Report of an investigation of the epidemic of malarial fever in Assam, or, kala-azar
Disease focus: Malaria
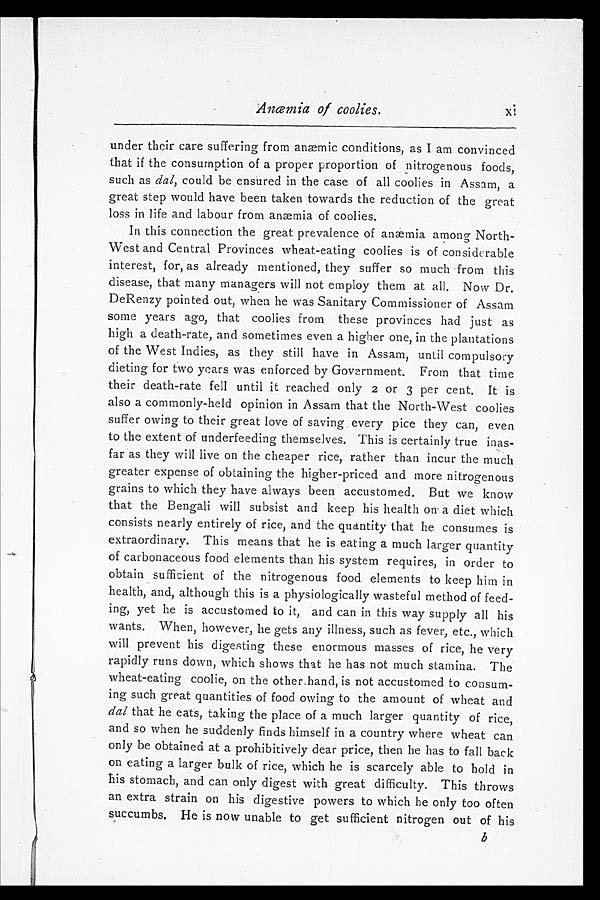
Anæmia of coolies.
xi
under their care suffering from anæmic conditions, as I am convinced
that if the consumption of a proper proportion of nitrogenous foods,
such as dal, could be ensured in the case of all coolies in Assam, a
great step would have been taken towards the reduction of the great
loss in life and labour from anæmia of coolies.
In this connection the great prevalence of anæmia among North-
West and Central Provinces wheat-eating coolies is of considerable
interest, for, as already mentioned, they suffer so much from this
disease, that many managers will not employ them at all. Now Dr.
DeRenzy pointed out, when he was Sanitary Commissioner of Assam
some years ago, that coolies from these provinces had just as
high a death-rate, and sometimes even a higher one, in the plantations
of the West Indies, as they still have in Assam, until compulsory
dieting for two years was enforced by Government. From that time
their death-rate fell until it reached only 2 or 3 per cent. It is
also a commonly-held opinion in Assam that the North-West coolies
suffer owing to their great love of saving every pice they can, even
to the extent of underfeeding themselves. This is certainly true inas
-far as they will live on the cheaper rice, rather than incur the much
greater expense of obtaining the higher-priced and more nitrogenous
grains to which they have always been accustomed. But we know
that the Bengali will subsist and keep his health on a diet which
consists nearly entirely of rice, and the quantity that he consumes is
extraordinary. This means that he is eating a much larger quantity
of carbonaceous food elements than his system requires, in order to
obtain sufficient of the nitrogenous food elements to keep him in
health, and, although this is a physiologically wasteful method of feed
-ing, yet he is accustomed to it, and can in this way supply all his
wants. When, however, he gets any illness, such as fever, etc., which
will prevent his digesting these enormous masses of rice, he very
rapidly runs down, which shows that he has not much stamina. The
wheat-eating coolie, on the other hand, is not accustomed to consum
-ing such great quantities of food owing to the amount of wheat and
dal that he eats, taking the place of a much larger quantity of rice,
and so when he suddenly finds himself in a country where wheat can
only be obtained at a prohibitively dear price, then he has to fall back
on eating a larger bulk of rice, which he is scarcely able to hold in
his stomach, and can only digest with great difficulty. This throws
an extra strain on his digestive powers to which he only too often
succumbs. He is now unable to get sufficient nitrogen out of his
b